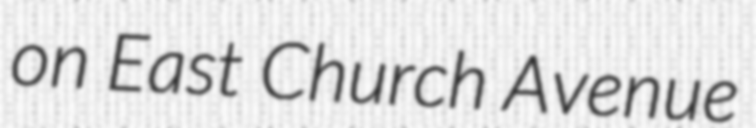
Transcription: on East Church Avenue